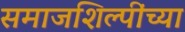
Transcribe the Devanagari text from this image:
समाजशिल्पींच्या